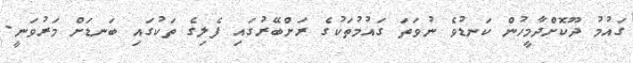
ގައުމު ދޫކޮށްދާމީހުން ކަނޑުވެ ނުވަތަ ގައުމުތަކުގެ ރަށްބޭރުގައި ފެލިގެ ތަކުގައި ބަނޑަށް މަރުވަނީ.